Indian Civil Veterinary Department memoirs
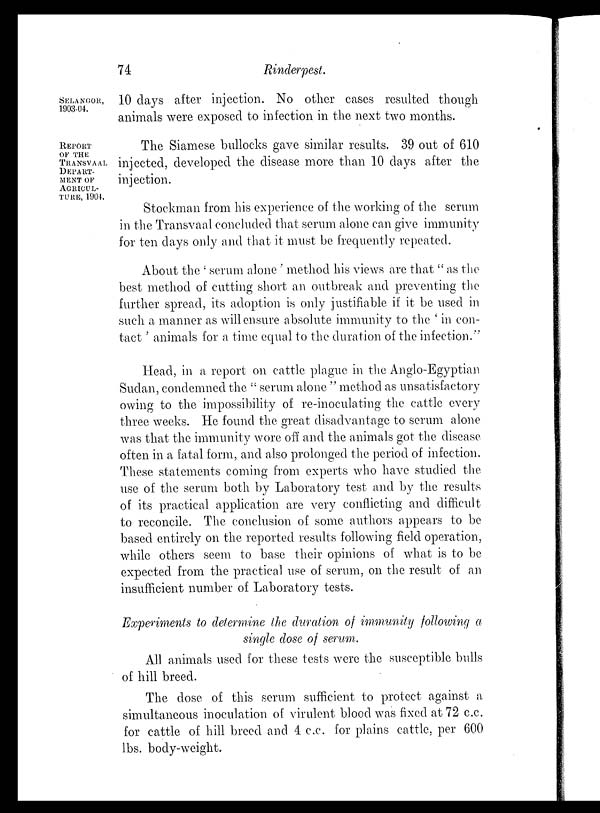
74
Rinderpest.
SELANGOR,
1903-04.
10 days after injection. No other cases resulted though
animals were exposed to infection in the next two months.
REPORT
OF THE
TRANSVAAL
DEPART-
---- OF
AGRICUL-
----, 1904.
The Siamese bullocks gave similar results. 39 out of 610
injected, developed the disease more than 10 days after the
injection.
Stockman from his experience of the working of the serum
in the Transvaal concluded that serum alone can give immunity
for ten days only and that it must be frequently repeated.
About the 'serum alone' method his views are that "as the
best method of cutting short an outbreak and preventing the
further spread, its adoption is only justifiable if it be used in
such a manner as will ensure absolute immunity to the 'in con-
tact' animals for a time equal to the duration of the infection."
Head, in a report on cattle plague in the Anglo-Egyptian
Sudan, condemned the "serum alone" method as unsatisfactory
owing to the impossibility of re-inoculating the cattle every
three weeks. He found the great disadvantage to serum alone
was that the immunity wore off and the animals got the disease
often in a fatal form, and also prolonged the period of infection.
These statements coming from experts who have studied the
use of the serum both by Laboratory test and by the results
of its practical application are very conflicting and difficult
to reconcile. The conclusion of some authors appears to be
based entirely on the reported results following field operation,
while others seem to base their opinions of what is to be
expected from the practical use of serum, on the result of an
insufficient number of Laboratory tests.
Experiments to determine the duration of immunity following a
single dose of serum.
All animals used for these tests were the susceptible bulls
of hill breed.
The dose of this serum sufficient to protect against a
simultaneous inoculation of virulent blood was fixed at 72 c.c.
for cattle of hill breed and 4 c.c. for plains cattle, per 600
lbs. body-weight.